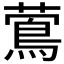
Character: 𦾉